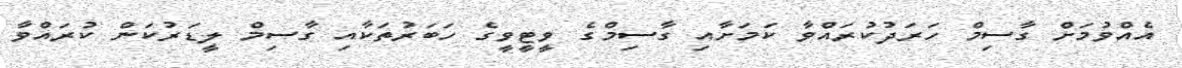
އެއްވުމަށް ގާސިމް ހަރަދުކުރައްވާ ކަމަށާއި ގާސިމްގެ ވީޓީވީގެ ހަބަރުތަކާއި ގާސިމް ލީޑަރުކަން ކުރައްވާ